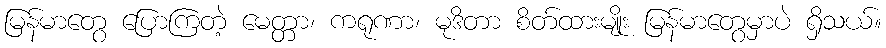
မြန်မာတွေ ပြောကြတဲ့ မေတ္တာ၊ ကရုဏာ၊ မုဒိတာ စိတ်ထားမျိုး မြန်မာတွေမှာပဲ ရှိသယ်။